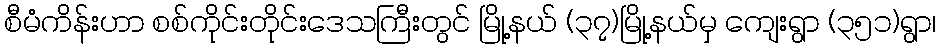
စီမံကိန်းဟာ စစ်ကိုင်းတိုင်းဒေသကြီးတွင် မြို့နယ် (၃၇)မြို့နယ်မှ ကျေးရွာ (၃၅၁)ရွာ၊